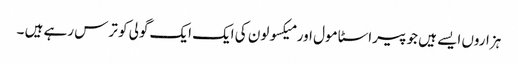
ہزاروں ایسے ہیں جو پیراسٹا مول اور میکسولون کی ایک ایک گولی کو ترس رہے ہیں ۔